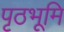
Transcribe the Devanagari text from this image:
पृठभूमि